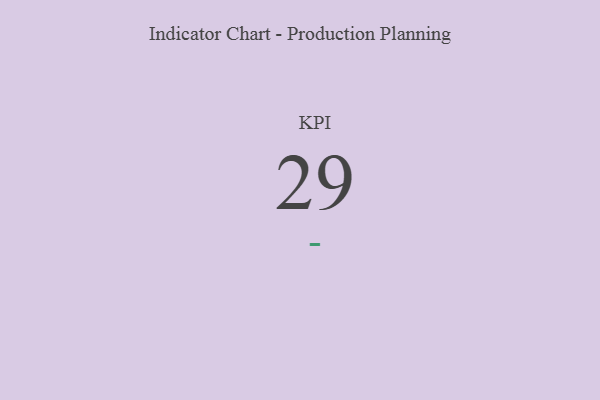
{"axis": {"x": "KPI", "y": "Value"}, "legend": [""], "data": [{"x": "KPI", "y": 29, "type": ""}]}